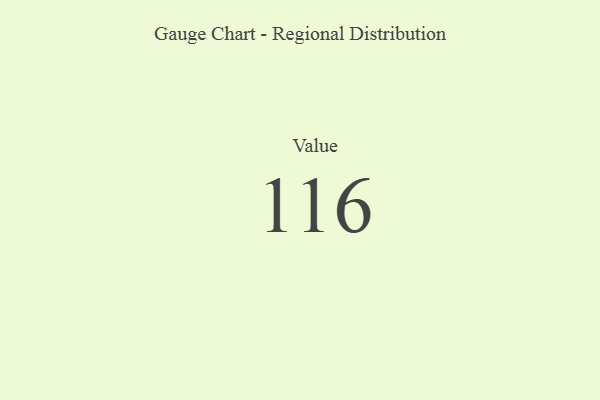
{"axis": {"x": "Metric", "y": "Value"}, "legend": [""], "data": [{"x": "Value", "y": 116, "type": ""}]}